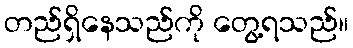
တည်ရှိနေသည်ကို တွေ့ရသည်။